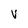
Character: V